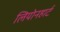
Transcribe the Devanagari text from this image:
लियोनहार्ट